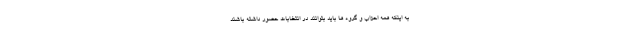
به اینکه همه احزاب و گروه ها باید بتوانند در انتخابات حضور داشته باشند